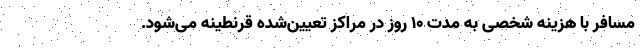
مسافر با هزینه شخصی به مدت ۱۰ روز در مراکز تعیین‌شده قرنطینه می‌شود.